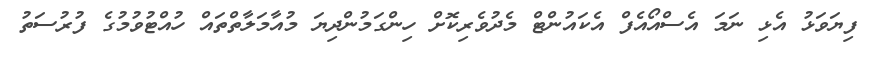
ފިޔަވަޅު އެޅި ނަމަ އެސްއޯއެފް އެކައުންޓް މެދުވެރިކޮށް ހިންގަމުންދިޔަ މުއާމަލާތްތައް ހުއްޓުވުމުގެ ފުރުސަތު